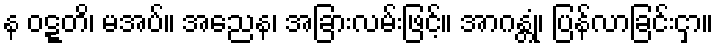
န ဝဋ္ဋတိ၊ မအပ်။ အညေန၊ အခြားလမ်းဖြင့်။ အာဂန္တုံ၊ ပြန်လာခြင်းငှာ။